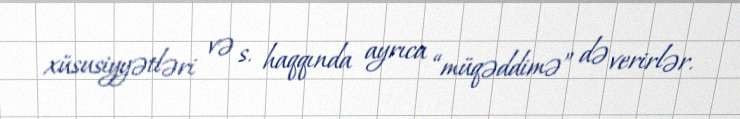
xüsusiyyətləri və s. haqqında ayrıca “müqəddimə” də verirlər.